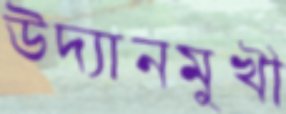
উদ্যানমুখী